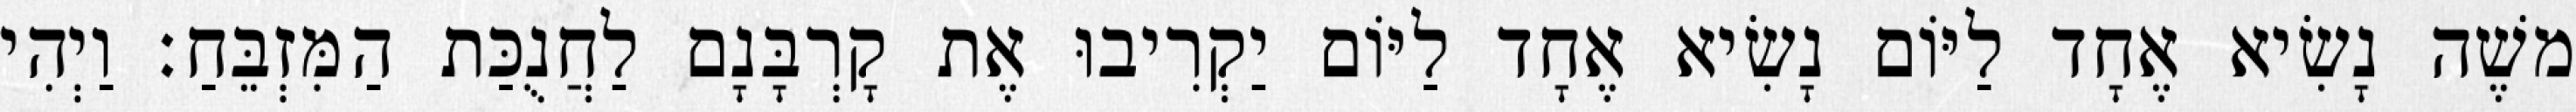
משֶׁה נָשִׂיא אֶחָד לַיּוֹם נָשִׂיא אֶחָד לַיּוֹם יַקְרִיבוּ אֶת קָרְבָּנָם לַחֲנֻכַּת הַמִּזְבֵּחַ׃ וַיְהִי